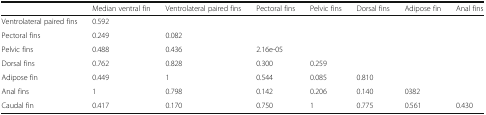
<table><thead><tr><td></td><td><b>Median ventral fin</b></td><td><b>Ventrolateral paired fins</b></td><td><b>Pectoral fins</b></td><td><b>Pelvic fins</b></td><td><b>Dorsal fins</b></td><td><b>Adipose fin</b></td><td><b>Anal fins</b></td></tr></thead><tbody><tr><td>Ventrolateral paired fins</td><td>0.592</td><td></td><td></td><td></td><td></td><td></td><td></td></tr><tr><td>Pectoral fins</td><td>0.249</td><td>0.082</td><td></td><td></td><td></td><td></td><td></td></tr><tr><td>Pelvic fins</td><td>0.488</td><td>0.436</td><td>2.16e-05</td><td></td><td></td><td></td><td></td></tr><tr><td>Dorsal fins</td><td>0.762</td><td>0.828</td><td>0.300</td><td>0.259</td><td></td><td></td><td></td></tr><tr><td>Adipose fin</td><td>0.449</td><td>1</td><td>0.544</td><td>0.085</td><td>0.810</td><td></td><td></td></tr><tr><td>Anal fins</td><td>1</td><td>0.798</td><td>0.142</td><td>0.206</td><td>0.140</td><td>0382</td><td></td></tr><tr><td>Caudal fin</td><td>0.417</td><td>0.170</td><td>0.750</td><td>1</td><td>0.775</td><td>0.561</td><td>0.430</td></tr></tbody></table>